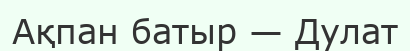
Ақпан батыр — Дулат